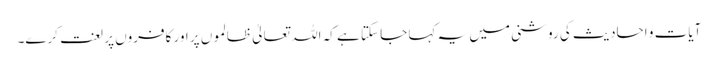
آیات و احادیث کی روشنی میں یہ کہا جا سکتا ہے کہ اللہ تعالیٰ ظالموں پر اور کافروں پر لعنت کرے۔